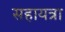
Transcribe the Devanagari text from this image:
सहायत्रा